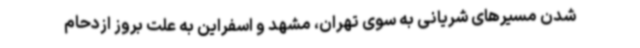
شدن مسیرهای شریانی به سوی تهران، مشهد و اسفراین به علت بروز ازدحام